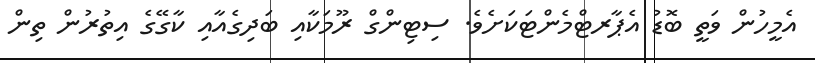
އެމީހުން ވަތީ ބޮޑު އެޕާރޓްމެންޓަކަށެވެ. ސިޓިންގް ރޫމަކާއި ބަދިގެއާއި ކާގޭގެ އިތުރުން ތިން